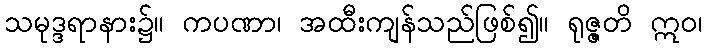
သမုဒ္ဒရာနား၌။ ကပဏာ၊ အထီးကျန်သည်ဖြစ်၍။ ရုဇ္ဇတိ ဣဝ၊